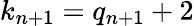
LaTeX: k_{n+1}=q_{n+1}+2